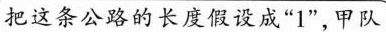
把这条公路的长度假设成”1”，甲队